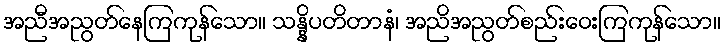
အညီအညွတ်နေကြကုန်သော။ သန္နိပတိတာနံ၊ အညိအညွတ်စည်းဝေးကြကုန်သော။